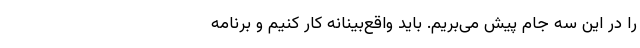
را در این سه جام پیش می‌بریم. باید واقع‌بینانه کار کنیم و برنامه‌